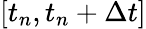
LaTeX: [t_{n},t_{n}+\Delta t]